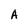
Character: A